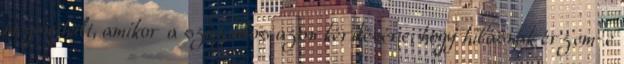
megenyhült, amikor a százados azon kérdésére, hogy hibásnak érzem-e